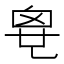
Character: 𠃼